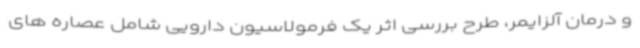
و درمان آلزایمر، طرح بررسی اثر یک فرمولاسیون دارویی شامل عصاره های